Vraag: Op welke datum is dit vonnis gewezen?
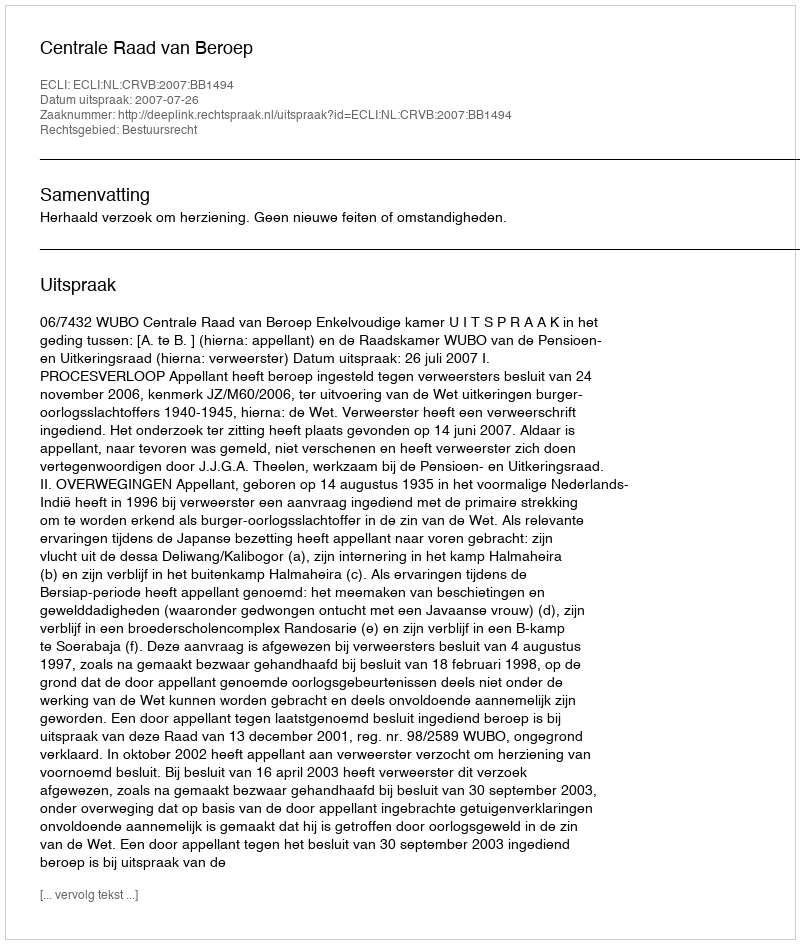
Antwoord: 2007-07-26